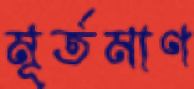
মূর্তমাণ